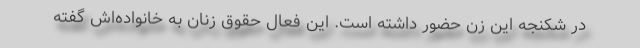
در شکنجه این زن حضور داشته است. این فعال حقوق زنان به خانواده‌اش گفته